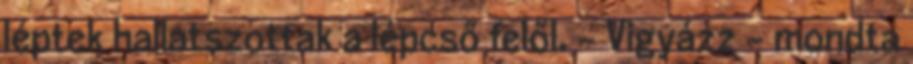
léptek hallatszottak a lépcső felől. - Vigyázz - mondta